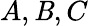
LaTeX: A,\mathit{B},C